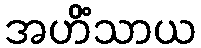
အဟိံသာယ